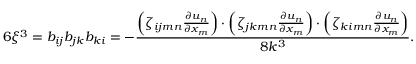
6 \xi ^ { 3 } = b _ { i j } b _ { j k } b _ { k i } = - \frac { \left( \zeta _ { i j m n } \frac { \partial u _ { n } } { \partial x _ { m } } \right) \cdot \left( \zeta _ { j k m n } \frac { \partial u _ { n } } { \partial x _ { m } } \right) \cdot \left( \zeta _ { k i m n } \frac { \partial u _ { n } } { \partial x _ { m } } \right) } { 8 k ^ { 3 } } .